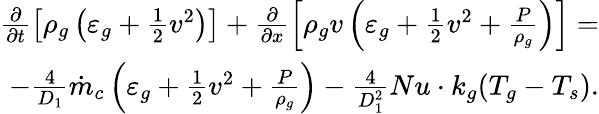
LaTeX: \begin{array}{r}{\frac{\partial}{\partial t}\left[\rho_{g}\left(\varepsilon_{g}+\frac{1}{2}v^{2}\right)\right]+\frac{\partial}{\partial x}\left[\rho_{g}v\left(\varepsilon_{g}+\frac{1}{2}v^{2}+\frac{P}{\rho_{g}}\right)\right]=}\\ {-\frac{4}{D_{1}}\dot{m}_{c}\left(\varepsilon_{g}+\frac{1}{2}v^{2}+\frac{P}{\rho_{g}}\right)-\frac{4}{D_{1}^{2}}Nu\cdot k_{g}(T_{g}-T_{s}).}\end{array}